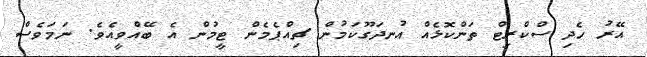
އޭރު ހެދި ސްކްރިޓް ތަންކޮޅެއް އުނދަގޫކަމުން ޗިއްޕެމެން ޓީމުން އެ ބޭއްވީއެވެ. ނަމަވެސް